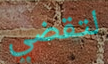
لتقضي